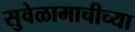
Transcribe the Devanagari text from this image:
सुवेळामाचीच्या